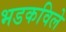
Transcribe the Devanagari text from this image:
भडकविले